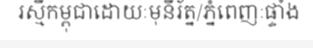
រស្មីកម្ពុជាដោយៈមុនីរ័ត្ន/ភ្នំពេញៈផ្ទាំង